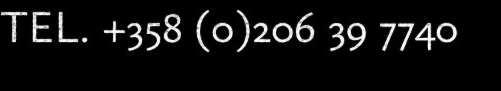
TEL. +358 (0)206 39 7740